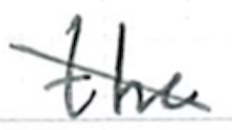
Text: the
Cross-out: mix
Writing tool: ballpoint